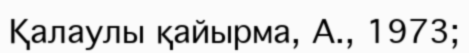
Қалаулы қайырма, А., 1973;